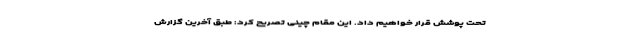
تحت پوشش قرار خواهیم داد. این مقام چینی تصریح کرد: طبق آخرین گزارش